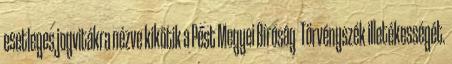
esetleges jogvitákra nézve kikötik a Pest Megyei Bíróság Törvényszék illetékességét.